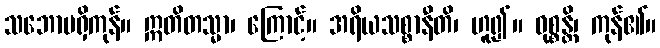
သဘောမရှိကုန်။ ဣတိတသ္မာ၊ ကြောင့်။ အရိယသစ္စာနီတိ၊ ဟူ၍။ ဝုစ္စန္တိ၊ ကုန်၏။